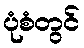
ပုံစံတွင်